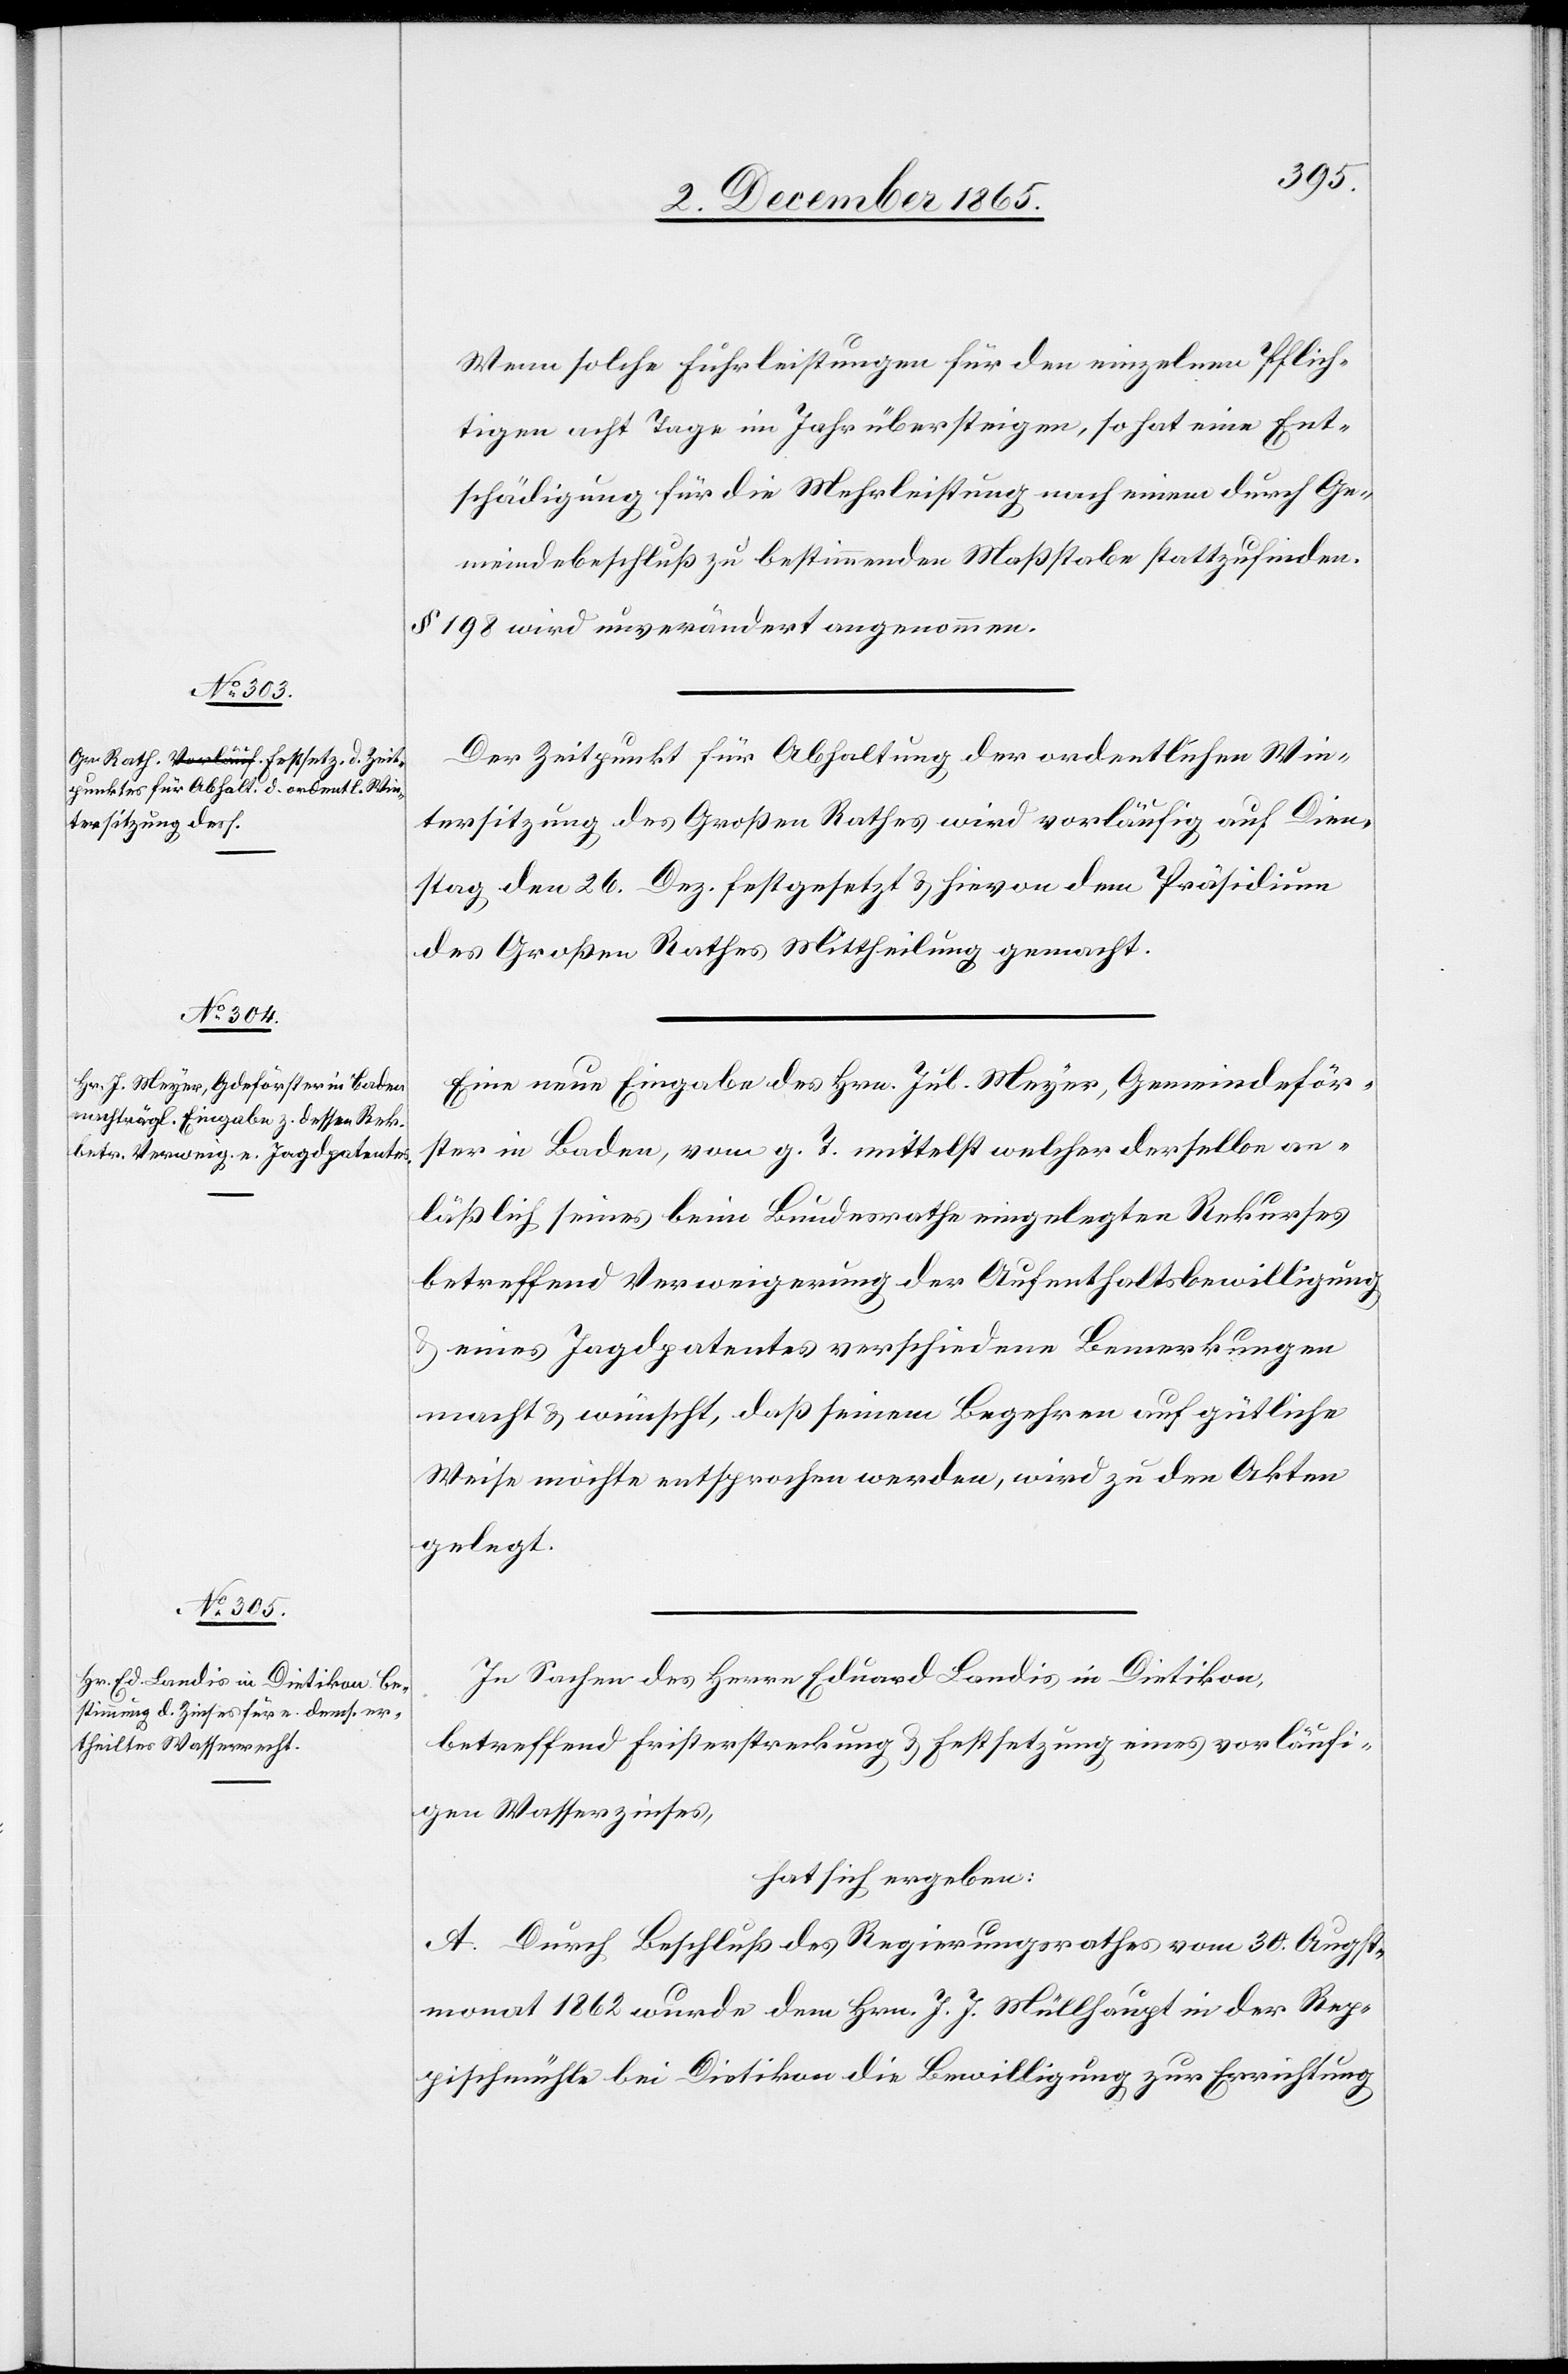
Wenn solche Fuhrleistungen für den einzelnen Pflich¬
tigen acht Tage im Jahr übersteigen, so hat eine Ent¬
schädigung für die Mehrleistung nach einem durch Ge¬
meindsbeschluß zu bestimmenden Maßstabe stattzufinden.
§ 198 wird unverändert angenommen.
Der Zeitpunkt für Abhaltung der ordentlichen Win¬
tersitzung des Großen Rathes wird vorläufig auf Dien¬
stag den 26. Dez. festgesetzt & hievon dem Präsidium
des Großen Rathes Mittheilung gemacht.
Eine neue Eingabe des Hrn. Jul. Meyer, Gemeindeför¬
ster in Baden, vom g. T. mittelst welcher derselbe an¬
läßlich seines beim Bundesrathe eingelegten Rekurses
betreffend Verweigerung der Aufenthaltsbewilligung
eines Jagdpatentes verschiedene Bemerkungen
macht & wünscht, daß seinem Begehren auf gütliche
Weise möchte entsprochen werden, wird zu den Akten
gelegt.
In Sachen des Herrn Eduard Landis in Dietikon,
betreffend Fristerstreckung & Festsetzung eines vorläufi¬
gen Wasserzinses,
hat sich ergeben:
A. Durch Beschluß des Regierungsrathes vom 30. Augst¬
monat 1862 wurde dem Hrn. J. J. Müllhaupt in der Rep¬
pischmühle bei Dietikon die Bewilligung zur Errichtung